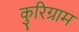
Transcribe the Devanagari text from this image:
कुरिग्राम